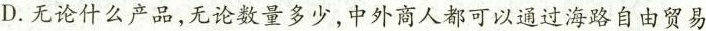
D.无论什么产品，无论数量多少，中外商人都可以通过海路自由贸易